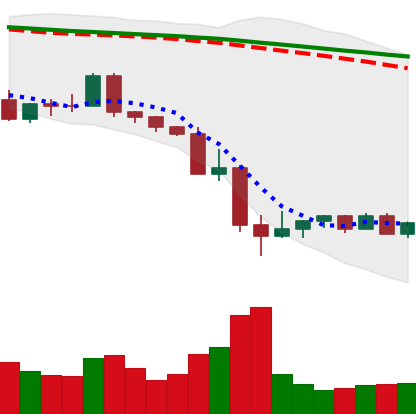
Ticker: NEO-USD
Chart end date: 2022-05-19
Forward return: 6.773%
Label: up_5_7